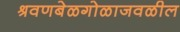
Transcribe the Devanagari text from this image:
श्रवणबेळगोळाजवळील